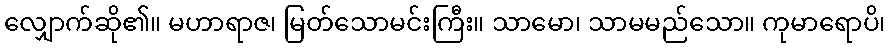
လျှောက်ဆို၏။ မဟာရာဇ၊ မြတ်သောမင်းကြီး။ သာမော၊ သာမမည်သော။ ကုမာရောပိ၊